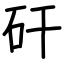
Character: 矸